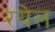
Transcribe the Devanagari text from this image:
रयेल